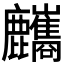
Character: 𪋸